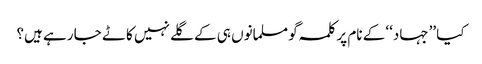
کیا ’’جہاد‘‘ کے نام پر کلمہ گو مسلمانوں ہی کے گلے نہیں کاٹے جا رہے ہیں؟